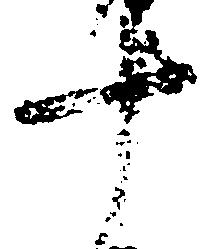
十